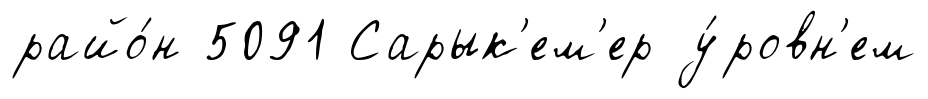
райо́н 5091 Сарык'ем'ер у́ровн'ем